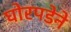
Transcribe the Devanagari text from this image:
घोरपडेने